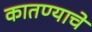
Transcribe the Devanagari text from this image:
कातण्याचे